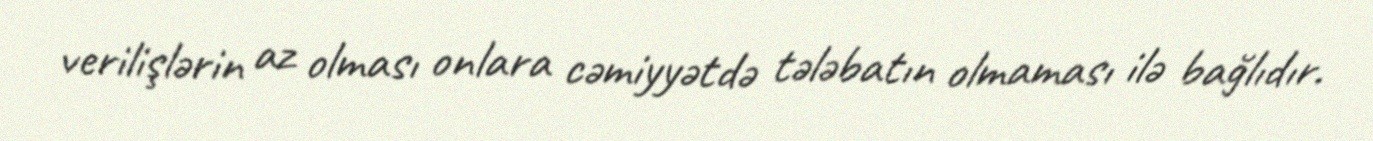
verilişlərin az olması onlara cəmiyyətdə tələbatın olmaması ilə bağlıdır.